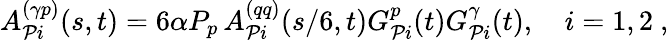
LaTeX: A_{{\cal P}i}^{(\gamma p)}(s,t)=6\alpha P_{p}\, A_{{\cal P}i}^{(qq)}(s/6,t)G_{{\cal P}i}^{p}(t)G_{{\cal P}i}^{\gamma}(t),\quad i=1,2\ ,